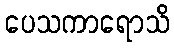
ပေသကာရောသိ